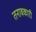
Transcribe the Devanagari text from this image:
तनावकारी